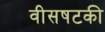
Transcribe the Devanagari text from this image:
वीसषटकी